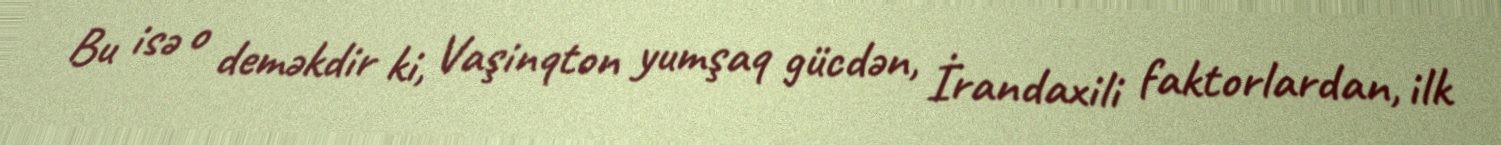
Bu isə o deməkdir ki, Vaşinqton yumşaq gücdən, İrandaxili faktorlardan, ilk